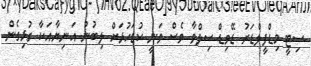
ސިޓީ މިޑްފީލްޑަރު ޑޭވިޑް ސިލްވާ ވެސް ވަނީ ކުޑަހުޅަށް ލިބުނު އަނިޔާއަކާ ގުޅިގެން